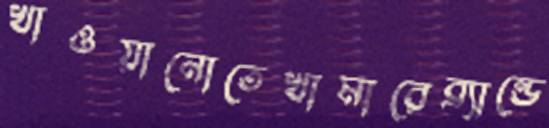
খাওয়ানোতেখামারেব্র্যান্ডে